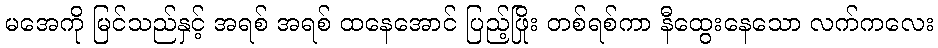
မအေကို မြင်သည်နှင့် အရစ် အရစ် ထနေအောင် ပြည့်ဖြိုး တစ်ရစ်ကာ နီထွေးနေသော လက်ကလေး